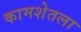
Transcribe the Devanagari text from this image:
कामशेतला